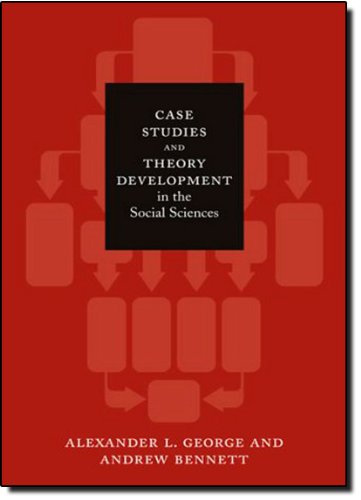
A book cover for Case Studies and Theory Development in the Social Sciences (Belfer Center Studies in International Security); Alexander L. George; Politics & Social Sciences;